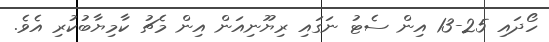
ހޯދައި 25-13 އިން ސެޓު ނަގައި ރިޔޫނިއަން އިން މެޗު ކާމިޔާބުކުރި އެވެ.